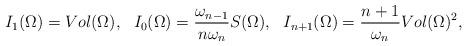
LaTeX: \begin{align*}I_{1}(\Omega)=Vol(\Omega), \ \ I_{0}(\Omega)=\frac{\omega_{n-1}}{n\omega_{n}}S(\Omega), \ \ I_{n+1}(\Omega)=\frac{n+1}{\omega_{n}}Vol(\Omega)^{2},\end{align*}